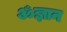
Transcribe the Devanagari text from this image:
ॐज्ञान